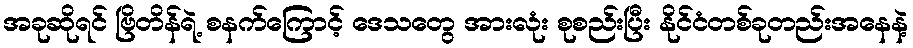
အခုဆိုရင် ဗြိတိန်ရဲ့ စနက်ကြောင့် ဒေသတွေ အားလုံး စုစည်းပြီး နိုင်ငံတစ်ခုတည်းအနေနဲ့